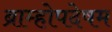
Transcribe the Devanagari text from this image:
ब्राम्होपदेषम